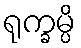
ရုက္ခမ္ပိ